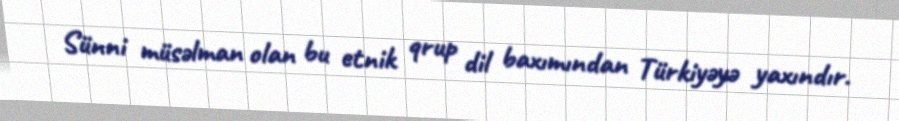
Sünni müsəlman olan bu etnik qrup dil baxımından Türkiyəyə yaxındır.